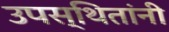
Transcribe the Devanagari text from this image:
उपस्थितांनी